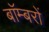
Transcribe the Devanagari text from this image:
बाॅम्बरों